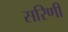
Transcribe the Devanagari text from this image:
सरिणी